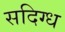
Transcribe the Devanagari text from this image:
सदिग्ध